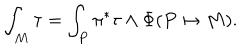
\int _ { M } \tau = \int _ { P } \pi ^ { * } \tau \wedge \Phi ( P \mapsto M ) .